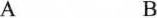
A B